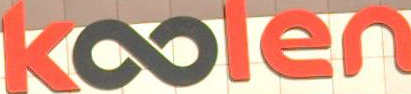
Koolen